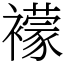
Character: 䙩